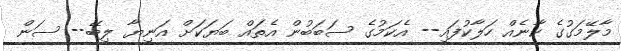
މާލޭމަގުގެ ކާނެއް ހަލާކުފައި-- އެކަމުގެ ސަބަބުން އެތައް ބަޔަކަށް އަނިޔާ ލިބޭ-- ސަން